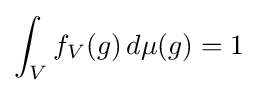
\int _{V}f_{V}(g)\,d\mu (g)=1